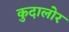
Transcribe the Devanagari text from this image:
कुदालोर